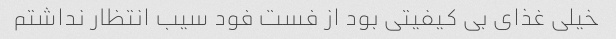
خیلی غذای بی کیفیتی بود از فست فود سیب انتظار نداشتم